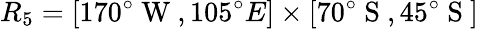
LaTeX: R_{5}=[170^{\circ}\mathrm{~W~},105^{\circ}{E}]\times[70^{\circ}\mathrm{~S~},45^{\circ}\mathrm{~S~}]